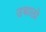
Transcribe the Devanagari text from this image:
उबालो